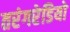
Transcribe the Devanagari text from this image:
तरंगरेडियो